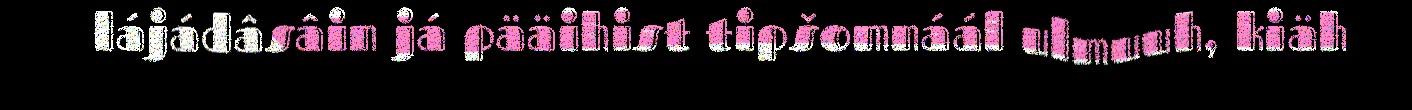
lájádâsâin já pääihist tipšomnáál ulmuuh, kiäh